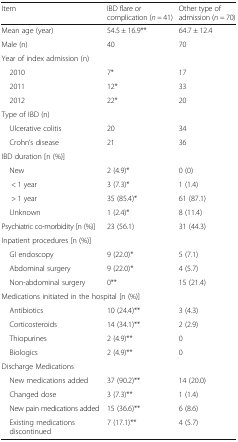
<table><thead><tr><td><b>Item</b></td><td><b>IBD flare or complication (<i>n =</i> 41)</b></td><td><b>Other type of admission (<i>n =</i> 70)</b></td></tr></thead><tbody><tr><td>Mean age (year)</td><td>54.5 ± 16.9**</td><td>64.7 ± 12.4</td></tr><tr><td>Male (n)</td><td>40</td><td>70</td></tr><tr><td colspan="3">Year of index admission (n)</td></tr><tr><td> 2010</td><td>7*</td><td>17</td></tr><tr><td> 2011</td><td>12*</td><td>33</td></tr><tr><td> 2012</td><td>22*</td><td>20</td></tr><tr><td colspan="3">Type of IBD (n)</td></tr><tr><td> Ulcerative colitis</td><td>20</td><td>34</td></tr><tr><td> Crohn’s disease</td><td>21</td><td>36</td></tr><tr><td colspan="3">IBD duration [n (%)]</td></tr><tr><td> New</td><td>2 (4.9)*</td><td>0 (0)</td></tr><tr><td>&lt; 1 year</td><td>3 (7.3)*</td><td>1 (1.4)</td></tr><tr><td>&gt; 1 year</td><td>35 (85.4)*</td><td>61 (87.1)</td></tr><tr><td> Unknown</td><td>1 (2.4)*</td><td>8 (11.4)</td></tr><tr><td>Psychiatric co-morbidity [n (%)]</td><td>23 (56.1)</td><td>31 (44.3)</td></tr><tr><td colspan="3">Inpatient procedures [n (%)]</td></tr><tr><td> GI endoscopy</td><td>9 (22.0)*</td><td>5 (7.1)</td></tr><tr><td> Abdominal surgery</td><td>9 (22.0)*</td><td>4 (5.7)</td></tr><tr><td> Non-abdominal surgery</td><td>0**</td><td>15 (21.4)</td></tr><tr><td colspan="3">Medications initiated in the hospital [n (%)]</td></tr><tr><td> Antibiotics</td><td>10 (24.4)**</td><td>3 (4.3)</td></tr><tr><td> Corticosteroids</td><td>14 (34.1)**</td><td>2 (2.9)</td></tr><tr><td> Thiopurines</td><td>2 (4.9)**</td><td>0</td></tr><tr><td> Biologics</td><td>2 (4.9)**</td><td>0</td></tr><tr><td colspan="3">Discharge Medications</td></tr><tr><td> New medications added</td><td>37 (90.2)**</td><td>14 (20.0)</td></tr><tr><td> Changed dose</td><td>3 (7.3)**</td><td>1 (1.4)</td></tr><tr><td> New pain medications added</td><td>15 (36.6)**</td><td>6 (8.6)</td></tr><tr><td> Existing medications discontinued</td><td>7 (17.1)**</td><td>4 (5.7)</td></tr></tbody></table>